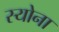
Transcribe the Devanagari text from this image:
स्योना